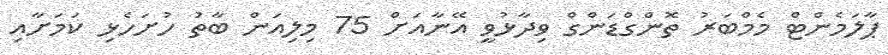
ޕާލަމެންޓް މެމްބަރު ތޮންގްޑަންގް ވިދާޅުވީ އޭނާއަށް 75 މިލިއަން ބާތު ހުށަހެޅި ކަމަށާއި